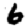
Digit: 6